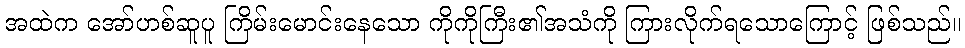
အထဲက အော်ဟစ်ဆူပူ ကြိမ်းမောင်းနေသော ကိုကိုကြီး၏အသံကို ကြားလိုက်ရသောကြောင့် ဖြစ်သည်။